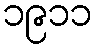
၁၉၁၁